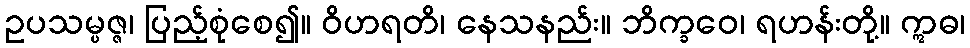
ဥပသမ္ပဇ္ဇ၊ ပြည့်စုံစေ၍။ ဝိဟရတိ၊ နေသနည်း။ ဘိက္ခဝေ၊ ရဟန်းတို့။ ဣဓ၊